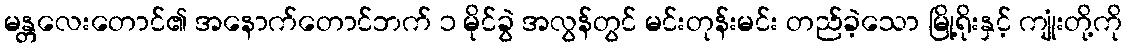
မန္တလေးတောင်၏ အနောက်တောင်ဘက် ၁ မိုင်ခွဲ အလွန်တွင် မင်းတုန်းမင်း တည်ခဲ့သော မြို့ရိုးနှင့် ကျုံးတို့ကို